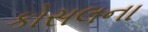
કોસલના